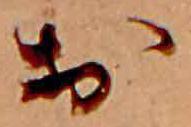
お